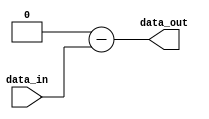
`timescale 1ns / 1ps
//////////////////////////////////////////////////////////////////////////////////


module COMP2S(data_out,
              data_in);
parameter n=16, // multiplicand width size 
          m=16; // mulitplier width size 
output[n-1:0] data_out;
input[n-1:0] data_in;
wire[n:0] comp;
assign comp=17'b1000_0000_0000_00000-{data_in[n-1],data_in};
assign data_out=comp[n-1:0];        
endmodule